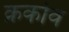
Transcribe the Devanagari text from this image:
क्रकोव